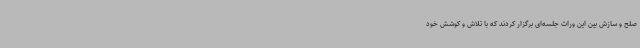
صلح و سازش بین این وراث جلسه‌ای برگزار کردند که با تلاش و کوشش خود